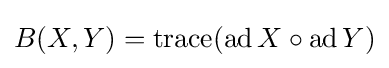
B(X,Y)=\operatorname {trace} (\operatorname {ad} X\circ \operatorname {ad} Y)